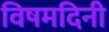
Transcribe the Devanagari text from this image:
विषमदिनी